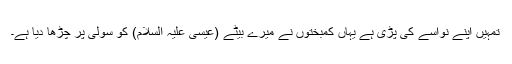
تمہیں اپنے نواسے کی پڑی ہے یہاں کمبختوں نے میرے بیٹے (عیسیٰ علیہ السلام) کو سولی پر چڑھا دیا ہے۔